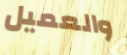
والعميل